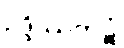
ဥဒ္ဒိဿကဋံ